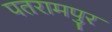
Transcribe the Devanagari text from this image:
पतरामपुर